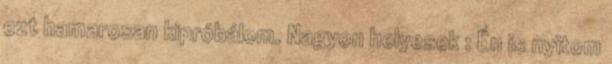
ezt hamarosan kipróbálom. Nagyon helyesek : Én is nyitom